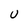
Character: U